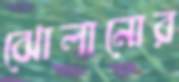
ঝোলানোর